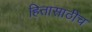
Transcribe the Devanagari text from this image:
हितासाठीच